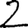
Digit: 2